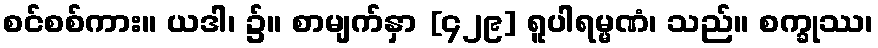
စင်စစ်ကား။ ယဒါ၊ ၌။ စာမျက်နှာ [၄၂၉] ရူပါရမ္မဏံ၊ သည်။ စက္ခုဿ၊